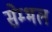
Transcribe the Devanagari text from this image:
सेम्भल